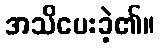
အသိပေးခဲ့၏။